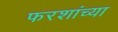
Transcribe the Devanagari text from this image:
फरशांच्या